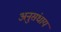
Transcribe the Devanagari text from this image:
अनुसंधाय